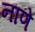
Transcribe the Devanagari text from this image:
नाणें